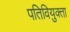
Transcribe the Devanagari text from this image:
पतिवियुक्ता